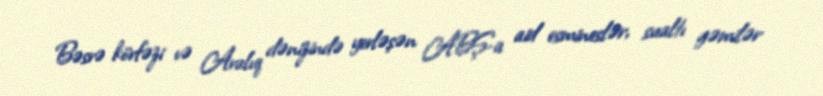
Bəsrə körfəzi və Aralıq dənizində yerləşən ABŞ-a aid esmineslər, sualtı gəmilər